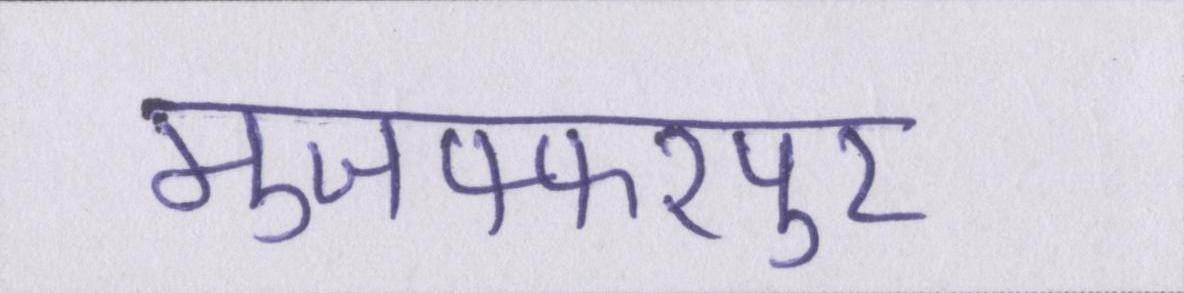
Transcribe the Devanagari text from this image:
मुजफ्फरपुर